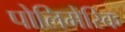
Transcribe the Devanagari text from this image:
पोलिमेरिक